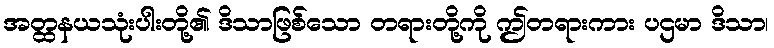
အတ္ထနယသုံးပါးတို့၏ ဒိသာဖြစ်သော တရားတို့ကို ဤတရားကား ပဌမာ ဒိသာ၊